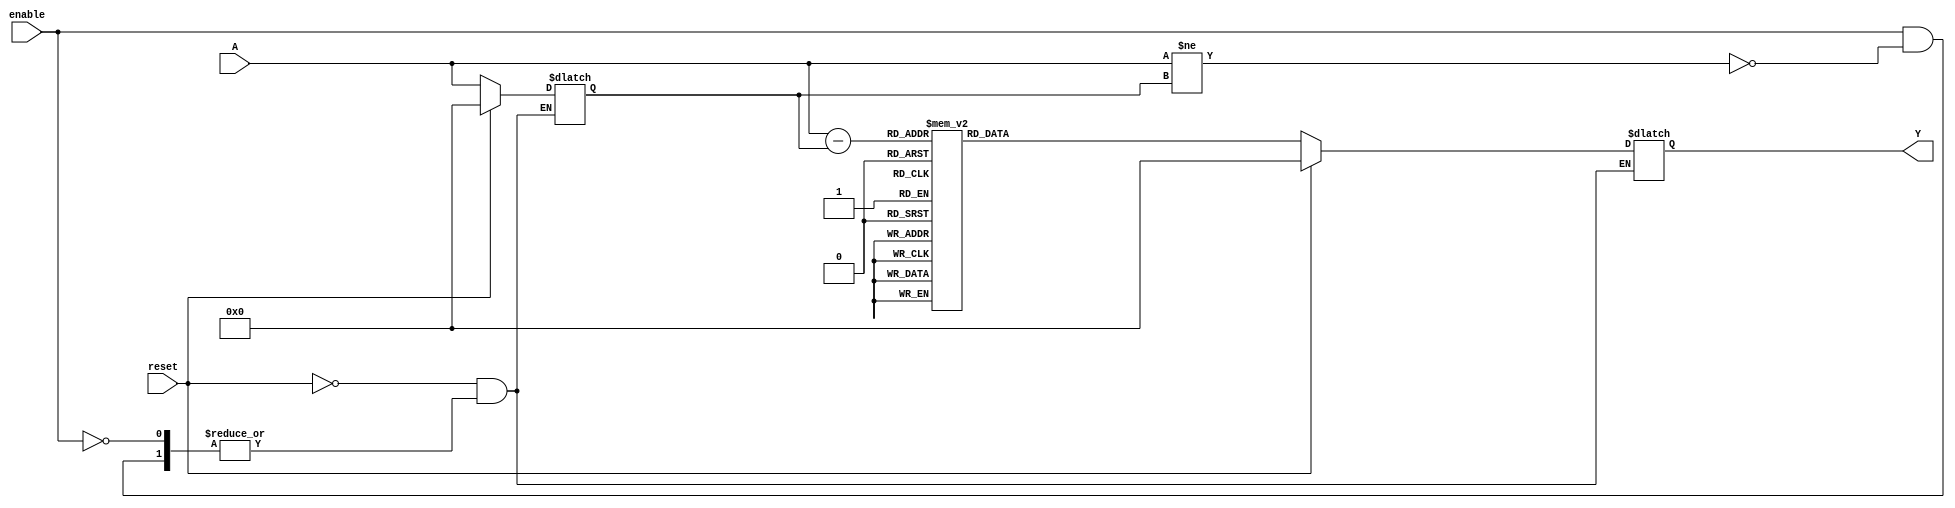
module relative_encoder #(
    parameter N = 4,  // Width of the binary input (A)
    parameter M = 4   // Width of the BCD output (Y)
)(
    input wire [N-1:0] A,         // n-bit binary input
    input wire enable,             // Enable signal to process input
    input wire reset,              // Reset signal
    output reg [M-1:0] Y           // m-bit BCD output
);

    reg [N-1:0] prev_A;            // Store the previous state of A
    reg [N-1:0] difference;         // Store the difference between current and previous state

    // Process input on edge of enable signal or on reset
    always @(*) begin
        if (reset) begin
            // Initialize output and previous input
            Y <= 0;
            prev_A <= 0;
        end else if (enable) begin
            // Calculate the difference if the input changes
            if (A != prev_A) begin
                difference = A - prev_A;

                // Encode difference into BCD format (assuming difference < 10 for simplicity)
                // You'd need to adjust this logic based on your specific encoding needs
                case (difference)
                    0: Y <= 4'b0000; // Difference of 0
                    1: Y <= 4'b0001; // Difference of 1
                    2: Y <= 4'b0010; // Difference of 2
                    3: Y <= 4'b0011; // Difference of 3
                    4: Y <= 4'b0100; // Difference of 4
                    5: Y <= 4'b0101; // Difference of 5
                    6: Y <= 4'b0110; // Difference of 6
                    7: Y <= 4'b0111; // Difference of 7
                    8: Y <= 4'b1000; // Difference of 8
                    9: Y <= 4'b1001; // Difference of 9
                    default: Y <= 4'b0000; // Overflow case or unsupported value
                endcase

                // Update previous value
                prev_A <= A;
            end
            // If input has not changed, Y remains the same
        end
    end

endmodule